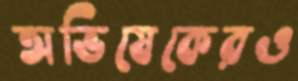
অভিষেকেরও